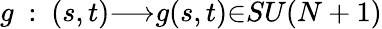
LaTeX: g~:~(s,t){\longrightarrow}g(s,t){\in}SU(N+1)